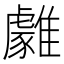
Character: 𩁋